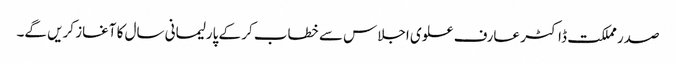
صدر مملکت ڈاکٹر عارف علوی اجلاس سے خطاب کر کے پارلیمانی سال کا آغاز کریں گے۔